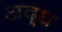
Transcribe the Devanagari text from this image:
अद्र्ध